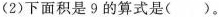
(2)下面积是9的算式是()。